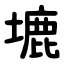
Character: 塶